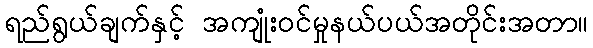
ရည်ရွယ်ချက်နှင့် အကျုံးဝင်မှုနယ်ပယ်အတိုင်းအတာ။